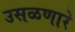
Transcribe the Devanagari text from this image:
उसळणारे